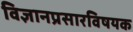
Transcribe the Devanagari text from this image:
विज्ञानप्रसारविषयक